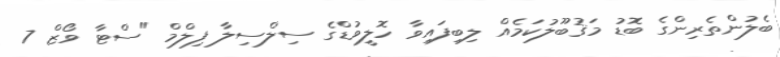
ބެލުންތެރިންގެ ބޮޑު މަޤުބޫލުކަމެއް ލިބިފައިވާ ހޮލީވުޑްގެ ސިލްސިލާ ފިލްމް "ސްޓާ ވޯޒް 7